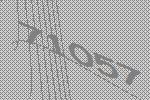
71057